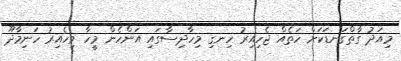
މިއަދު ގާތްގަނޑަކަށް ހަތެއް ޖެހިއިރު ހިނގި މިހާދިސާގައި އަންހެން މީހާ ވިހެއިރު ހަނިމާދޫ